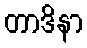
တာဒိနာ